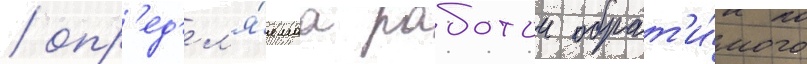
/ опр'ед'ел'я́емаа работои обрат'и́мого